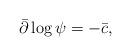
LaTeX: \begin{align*}\bar{\partial} \log \psi = -\bar{c},\end{align*}